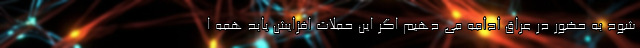
شود به حضور در عراق ادامه می دهیم اگر این حملات افزایش یابد همه ا